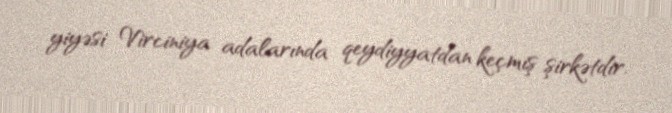
yiyəsi Virciniya adalarında qeydiyyatdan keçmiş şirkətdir.